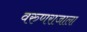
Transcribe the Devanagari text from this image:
वरुणराजाला